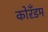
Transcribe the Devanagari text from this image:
कोरँडम